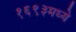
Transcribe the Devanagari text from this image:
१६९३मध्ये